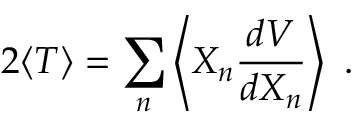
2 \langle T \rangle = \sum _ { n } \left\langle X _ { n } { \frac { d V } { d X _ { n } } } \right\rangle ~ .